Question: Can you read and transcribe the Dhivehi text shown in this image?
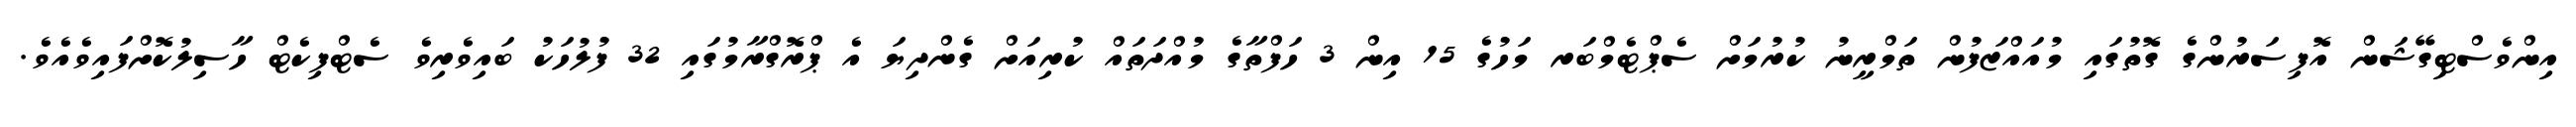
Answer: އިންވެސްޓިގޭޝަން އޮފިސަރުންގެ ގޮތުގައި މުއައްޒަފުން ތަމްރީނު ކުރުމަށް ސެޕްޓެމްބަރ މަހުގެ 15 އިން 3 ހަފްތާގެ މުއްދަތައް ކުރިއަށް ގެންދިޔަ އެ ޕްރޮގްރާމުގައި 32 ފުލުހަކު ބައިވެރިވެ ސެޓްފިކެޓް ހާސިލުކޮށްފައިވެއެވެ.